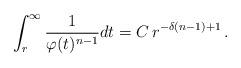
LaTeX: \begin{align*}\int_{r}^{\infty}\frac{1}{\varphi(t)^{n-1}}dt = C\, r^{-\delta(n-1)+1}\,.\end{align*}